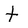
Character: t